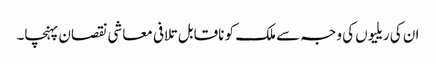
ان کی ریلیوں کی وجہ سے ملک کو ناقابل تلافی معاشی نقصان پہنچا۔